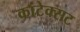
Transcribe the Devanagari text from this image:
कांटेक्सट